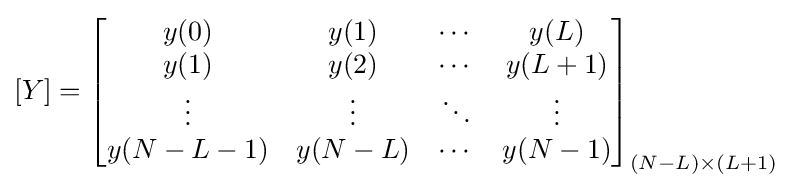
[Y]={\begin{bmatrix}y(0)&y(1)&\cdots &y(L)\\y(1)&y(2)&\cdots &y(L+1)\\\vdots &\vdots &\ddots &\vdots \\y(N-L-1)&y(N-L)&\cdots &y(N-1)\end{bmatrix}}_{(N-L)\times (L+1)}